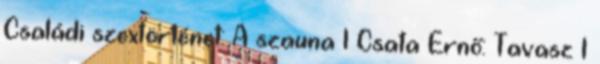
Családi szextörténet: A szauna 1 Csata Ernő: Tavasz 1